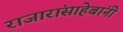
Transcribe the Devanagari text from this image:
राजारांसाहेबांनी